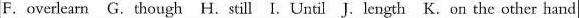
F.overlearn G.though H.still I. Until J.Length K.on the other hand